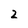
Character: Z